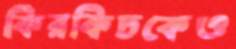
কিরকিচকেও